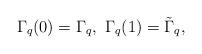
LaTeX: \begin{align*}\Gamma _q(0)=\Gamma _q,\ \Gamma _q(1)=\tilde \Gamma _q,\end{align*}